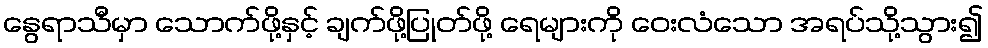
နွေရာသီမှာ သောက်ဖို့နှင့် ချက်ဖို့ပြုတ်ဖို့ ရေများကို ဝေးလံသော အရပ်သို့သွား၍